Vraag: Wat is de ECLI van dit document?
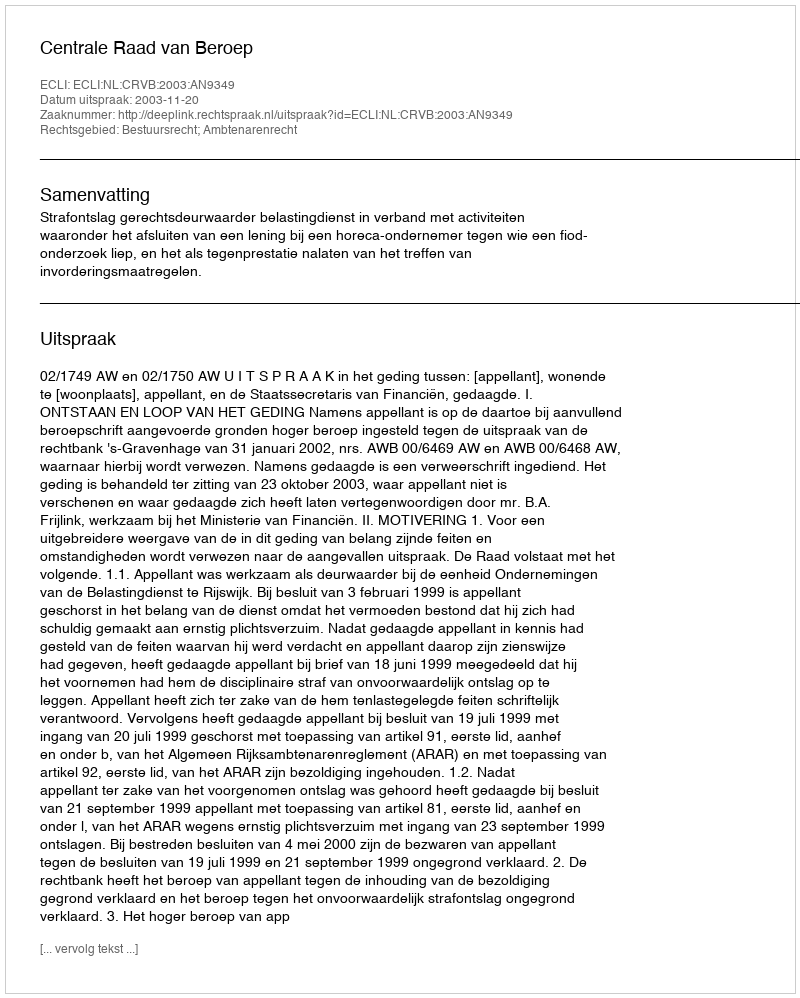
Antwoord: ECLI:NL:CRVB:2003:AN9349